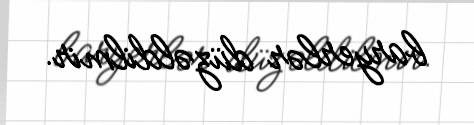
baryerlər düzəldilmir.